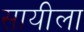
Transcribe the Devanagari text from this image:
सायीला